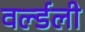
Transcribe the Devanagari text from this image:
वर्ल्डली